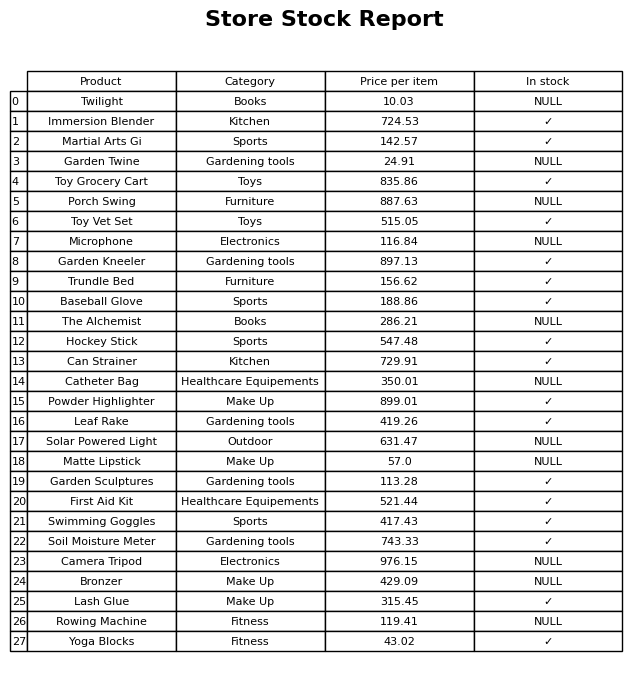
question: What is the stock status of the Solar Powered Light?
answer: NULL